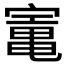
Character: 𡪫